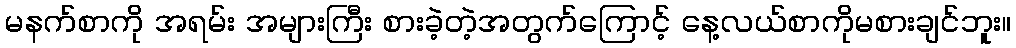
မနက်စာကို အရမ်း အများကြီး စားခဲ့တဲ့အတွက်ကြောင့် နေ့လယ်စာကိုမစားချင်ဘူး။